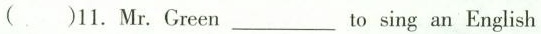
( )11. Mr. Green ___ to sing an English